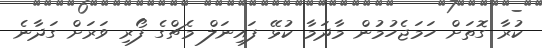
ކުރާ ގޮތަށް ހަމަޖެހުމުން މާދަމާ ކުޅޭ ފައިނަލް މެޗްގެ ފޯރި ވަރަށް ގަދާނެ